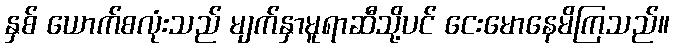
နှစ် ယောက်စလုံးသည် မျက်နှာမူရာဆီသို့ပင် ငေးမောနေမိကြသည်။